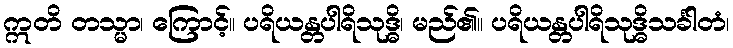
ဣတိ တသ္မာ၊ ကြောင့်။ ပရိယန္တပါရိသုဒ္ဓိ၊ မည်၏။ ပရိယန္တပါရိသုဒ္ဓိသင်္ခါတံ၊